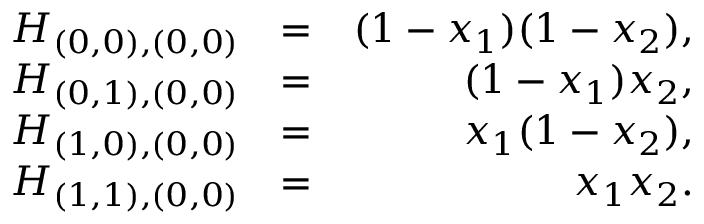
\begin{array} { r l r } { H _ { ( 0 , 0 ) , ( 0 , 0 ) } } & { = } & { ( 1 - x _ { 1 } ) ( 1 - x _ { 2 } ) , } \\ { H _ { ( 0 , 1 ) , ( 0 , 0 ) } } & { = } & { ( 1 - x _ { 1 } ) x _ { 2 } , } \\ { H _ { ( 1 , 0 ) , ( 0 , 0 ) } } & { = } & { x _ { 1 } ( 1 - x _ { 2 } ) , } \\ { H _ { ( 1 , 1 ) , ( 0 , 0 ) } } & { = } & { x _ { 1 } x _ { 2 } . } \end{array}